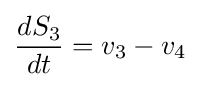
{\frac {dS_{3}}{dt}}=v_{3}-v_{4}